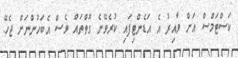
ކަސްޓަމްސް އަށް ވާއިރު އެ އަޑެންޓިފައި ކުރެވޭނެ ގޮތްތައް ވެސް އެބަހުންނަށް ޖެހޭ.